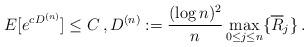
LaTeX: \begin{align*}E[e^{c D^{(n)}}] \le C \,, D^{(n)}:=\frac{(\log n)^2}{n} \max_{0 \le j\le n} \{\overline{R}_j\} \,.\end{align*}